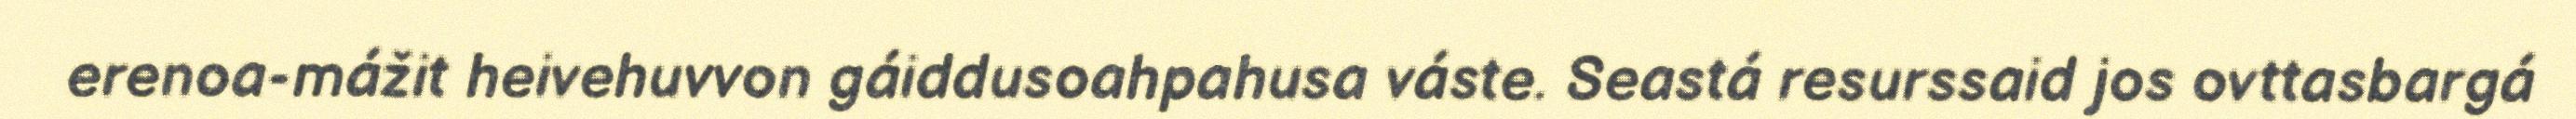
erenoa-mážit heivehuvvon gáiddusoahpahusa váste. Seastá resurssaid jos ovttasbargá